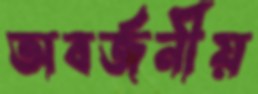
অবর্জনীয়